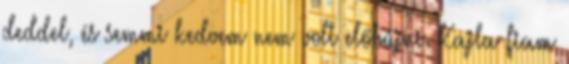
deddel, és semmi kedvem nem volt előbújni. Kajla fiam